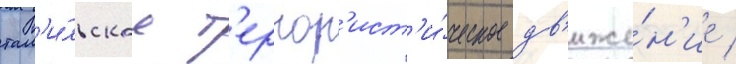
там'и́льское т'еррор'ист'и́ческое дв'иже́н'ие /